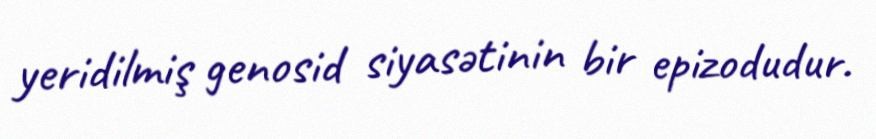
yeridilmiş genosid siyasətinin bir epizodudur.